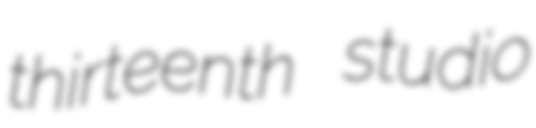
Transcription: thirteenth studio